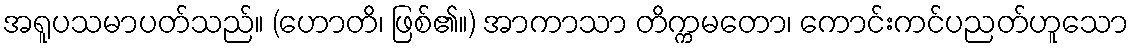
အရူပသမာပတ်သည်။ (ဟောတိ၊ ဖြစ်၏။) အာကာသာ တိက္ကမတော၊ ကောင်းကင်ပညတ်ဟူသော